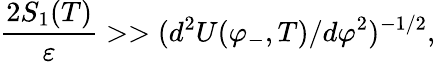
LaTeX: {\frac{2S_{1}(T)}{\varepsilon}}>>(d^{2}{U(\varphi_{-},T)}/d\varphi^{2})^{-1/2},